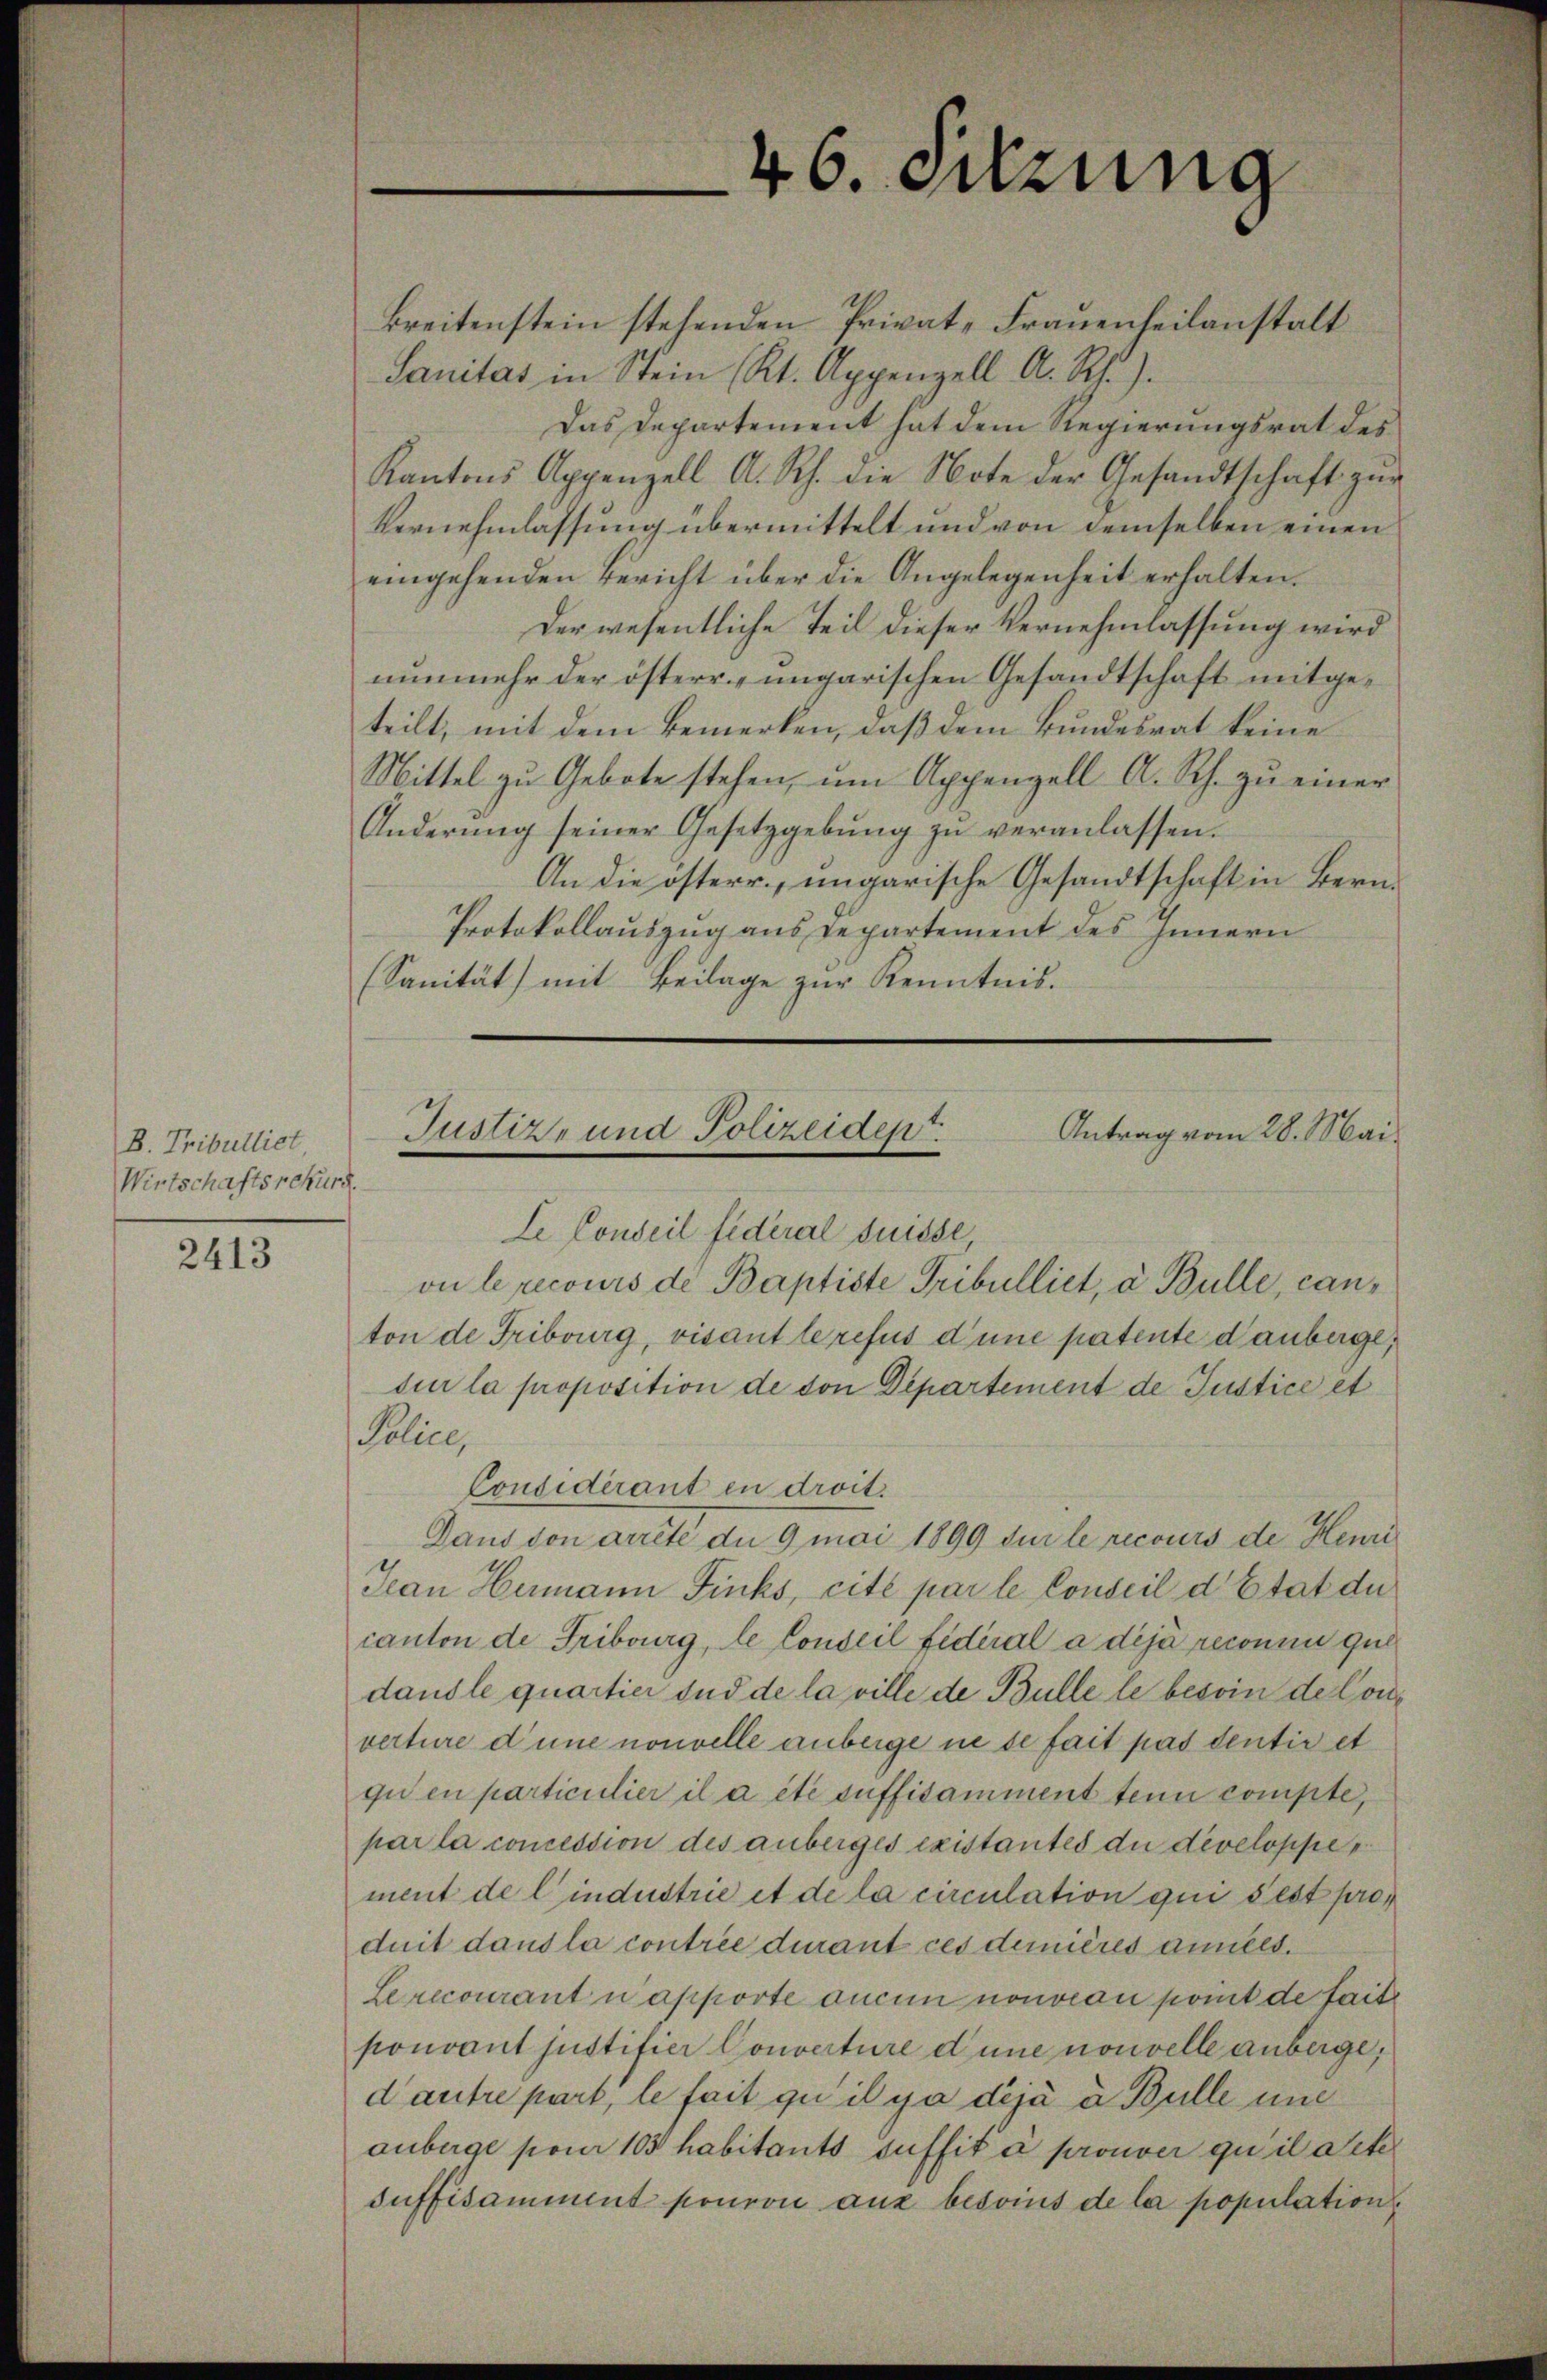
B. Tribulliet
Wirtschaftsrekurs.

2413

46. Setzung

kreitenstein stehenden Privat-Frauenheilanstalt
Sanitas in Stein Kt. Appenzell A. Rh.).
Das Departement hat dem Regierungsrat des
Kantons Appenzell A. Sch. die Note der Gesandtschaft zur
Vernehmlassung übermittelt und von demselben einen
eingehenden Bericht über die Angelegenheit erhalten.
Der wesentliche Teil dieser Vernehmlassung wird
nunmehr der österr. ungarischen Gesandtschaft mitgeteilt, mit dem Bemerken, daß dem Bundesrat keine
Mittel zu Gebote stehen, um Appenzell A. Rh. zu einer
Änderŭng seiner Gesetzgebŭng zŭ veranlassen.
An die österr., ungarische Gesandtschaft in Bern
Protokollauszug aus Departement des Innern
(Sanität) mit Beilage zur Kenntnis.

Justiz- und Polizeiden.
Antrag vom 28. Mai.

Le Conseil fédéral Suisse
on le recours de Baptiste Tribulliet, a. Bulle, canton de Fribourg, visant le refus d’une patente danberge,
sur la proposition de von Departement de Justice et
Police,
Considérant in droit.
Daus von arrête de 9 mai 1899 sur le recours de Henri
Jean Hermann Finks, cité par le Conseil d’Etat du
canton de Fribourg, le Conseil fidéral a déjà reconnu que
dandle quartier und de la ville de Bulle le besoin de Converture d’une nouvelle anberge in se fait pas dentir et
qu’en particulier il a été suffisamment tenu compte,
par la concession des anberges existantes du developpe
ment de l’industrie et de la circulation qui s’est pres
duit dans la contrée durant ces demieres années.
Lerecourant apporte aucun nouveau point de faite
ponvant justifier Converture d’une nouvelle anbeige,
d’autre part, le fait qu’il y a déjà à Bulle und
anberge pour 103 habitants suffita prouver qu’il acte
suffisamment pouron aus besoins de la population